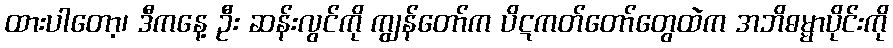
ထားပါတော့၊ ဒီကနေ့ ဦး ဆန်းလွင်ကို ကျွန်တော်က ပိဋကတ်တော်တွေထဲက အဘိဓမ္မာပိုင်းကို